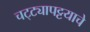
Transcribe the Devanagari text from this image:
चट्ट्यापट्टयाचे